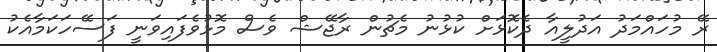
ރޭ މުހައްމަދު އަދުލީއާ ދެކޮޅަށް ކުޅުނު މެޗުން ރާޖޭޝް ވެސް މޮޅުވެފައިވަނީ ފަސޭހަކަމާއެކު